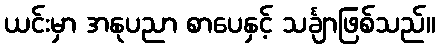
ယင်းမှာ အနုပညာ စာပေနှင့် သင်္ချာဖြစ်သည်။